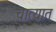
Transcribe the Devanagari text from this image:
चात्यात